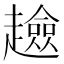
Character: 𧾏